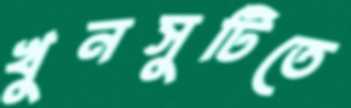
খুনসুটিতে